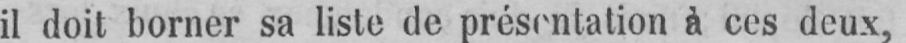
il doit borner sa liste de présentation à ces deux,